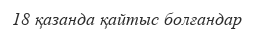
18 қазанда қайтыс болғандар